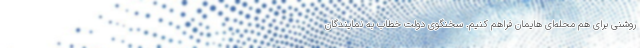
روشنی برای هم محله‌ای هایمان فراهم کنیم. سخنگوی دولت خطاب به نمایندگان